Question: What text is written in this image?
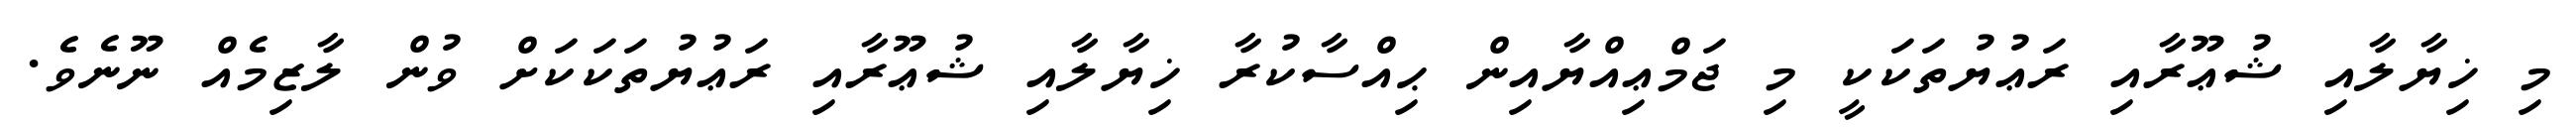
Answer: މި ޚިޔާލާއި ޝުޢޫރާއި ރަޢުޔުތަކަކީ މި ޖަމްޢިއްޔާއިން ޙިއްސާކުރާ ޚިޔާލާއި ޝުޢޫރާއި ރަޢުޔުތަކަކަށް ވުން ލާޒިމެއް ނޫނެވެ.